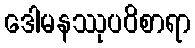
ဒေါမနဿုပဝိစာရာ